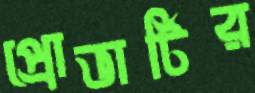
প্রোভার্টির